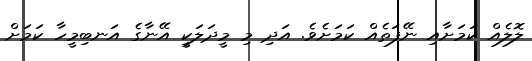
ލޮލެއް ކަމަށާއި ނޭފަތެއް ކަމަށެވެ. އަދި މި މީދަލަކީ އޭނާގެ އަނބިމީހާ ކަމަށް